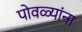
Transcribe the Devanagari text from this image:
पोवळ्यांना